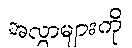
အလွှာများကို